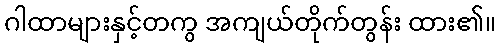
ဂါထာများနှင့်တကွ အကျယ်တိုက်တွန်း ထား၏။